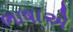
ભાષાએ